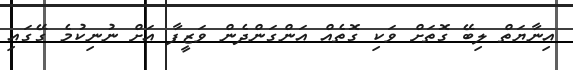
އިނާޔަތް ލިބޭ ގޮތަށް ވަކި ގޮތެއް އަންގަންދެން ވަޒީފާ އަށް ނުނިކުމެ ގޭގައި